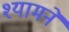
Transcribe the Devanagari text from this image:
श्यामने